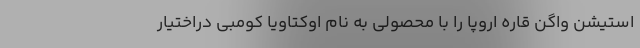
استیشن واگن قاره اروپا را با محصولی به نام اوکتاویا کومبی دراختیار